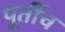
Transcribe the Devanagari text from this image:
पूर्तीच